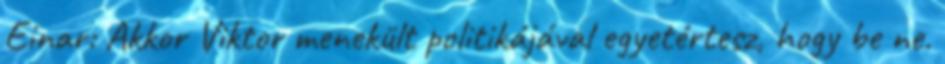
Einar: Akkor Viktor menekült politikájával egyetértesz, hogy be ne.